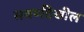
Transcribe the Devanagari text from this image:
सवर्णदेखील